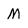
Character: M